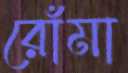
রোঁমা